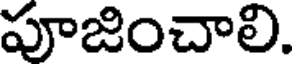
పూజించాలి.